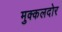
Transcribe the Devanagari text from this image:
मुक्कलदोर